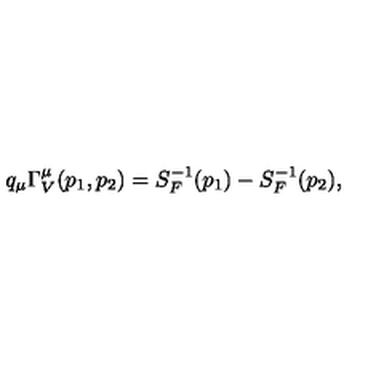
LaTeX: q _ { \mu } \Gamma _ { V } ^ { \mu } ( p _ { 1 } , p _ { 2 } ) = S _ { F } ^ { - 1 } ( p _ { 1 } ) - S _ { F } ^ { - 1 } ( p _ { 2 } ) ,